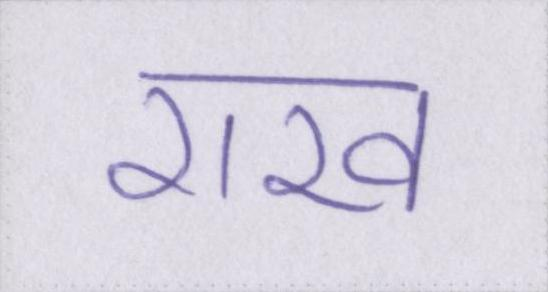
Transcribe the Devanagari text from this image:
राख